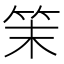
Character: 𥬎